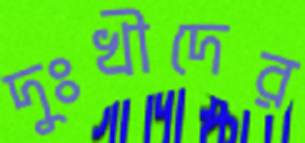
দুঃখীদের